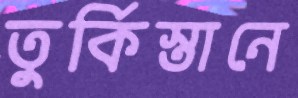
তুর্কিস্তানে